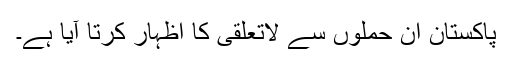
پاکستان ان حملوں سے لاتعلقی کا اظہار کرتا آیا ہے۔